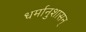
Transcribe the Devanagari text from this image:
धर्मानुशासन्